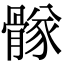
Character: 䯟